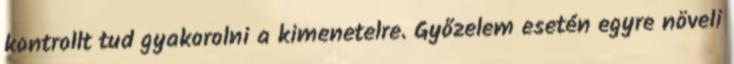
kontrollt tud gyakorolni a kimenetelre. Győzelem esetén egyre növeli